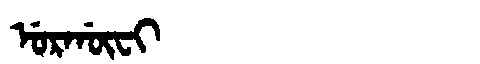
Manchu: ᡠᡵᡤᡡᠸᡳ
Romanization: URGŪFI